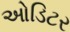
ઓડિટર